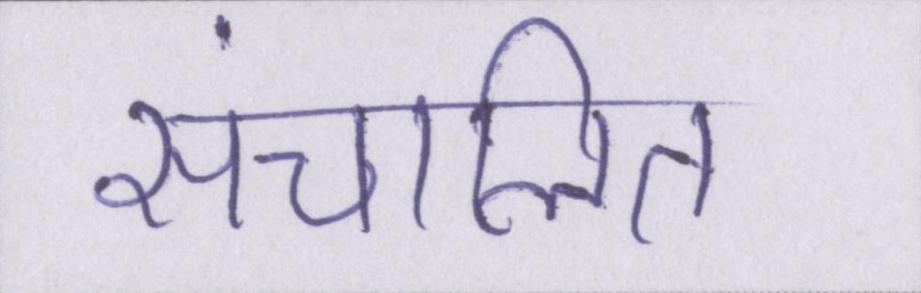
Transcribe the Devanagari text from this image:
संचालित